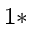
^ { 1 \ast }